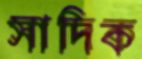
সাদিক